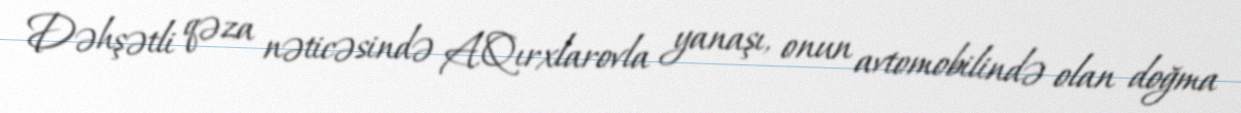
Dəhşətli qəza nəticəsində A.Qırxlarovla yanaşı, onun avtomobilində olan doğma